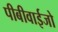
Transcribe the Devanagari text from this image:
पीबीवाईजो